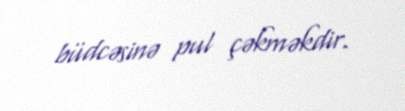
büdcəsinə pul çəkməkdir.